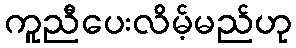
ကူညီပေးလိမ့်မည်ဟု